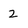
Character: 2